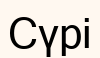
Сүрі